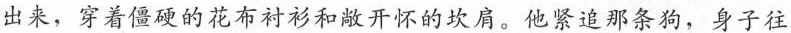
出来，穿着僵硬的花布衬衫和敞开怀的坎肩。他紧追那条狗，身子往